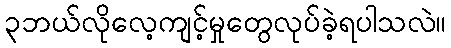
၃ဘယ်လိုလေ့ကျင့်မှုတွေလုပ်ခဲ့ရပါသလဲ။